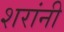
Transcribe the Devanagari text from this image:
शरांनी